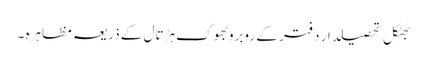
بھٹکل تحصیلدار دفتر کے روبروبھوک ہڑتال کے ذریعہ مظاہرہ ۔